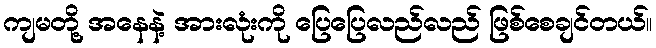
ကျမတို့ အနေနဲ့ အားလုံးကို ပြေပြေလည်လည် ဖြစ်စေချင်တယ်။